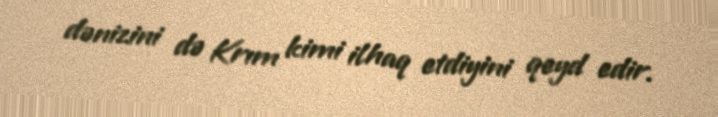
dənizini də Krım kimi ilhaq etdiyini qeyd edir.